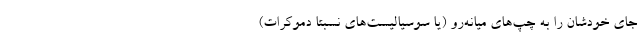
جای خودشان را به چپ‌های میانه‌رو (یا سوسیالیست‌های نسبتا دموکرات)